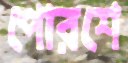
পোরশে